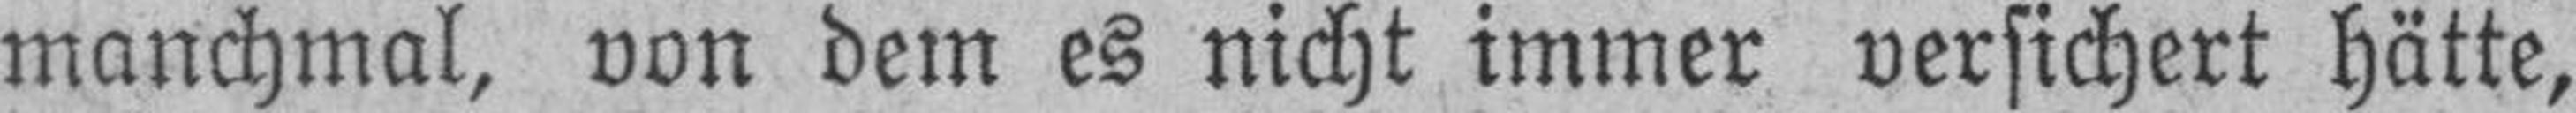
manchmal, von dem es nicht immer versichert hätte,